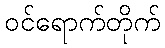
ဝင်ရောက်တိုက်